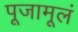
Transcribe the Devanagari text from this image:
पूजामूलं